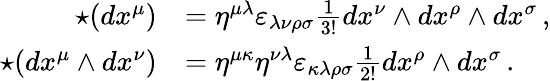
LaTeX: {\begin{array}{rl}{\star(dx^{\mu})}&{=\eta^{\mu\lambda}\varepsilon_{\lambda\nu\rho\sigma}{\frac{1}{3!}}dx^{\nu}\wedge dx^{\rho}\wedge dx^{\sigma}\, ,}\\ {\star(dx^{\mu}\wedge dx^{\nu})}&{=\eta^{\mu\kappa}\eta^{\nu\lambda}\varepsilon_{\kappa\lambda\rho\sigma}{\frac{1}{2!}}dx^{\rho}\wedge dx^{\sigma}\, .}\end{array}}